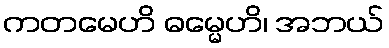
ကတမေဟိ ဓမ္မေဟိ၊ အဘယ်